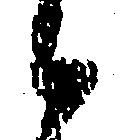
候